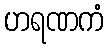
ဟရဏကံ